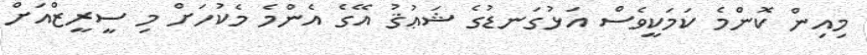
މިއިން ކޮންމެ ކަމަކީވެސް އަޅުގަނޑުގެ ޝަޢުޤު އޭގެ އެންމެ މެކުހަށް މި ސީރީޒްއަށް